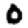
Digit: 0